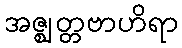
အဇ္ဈတ္တဗာဟိရာ